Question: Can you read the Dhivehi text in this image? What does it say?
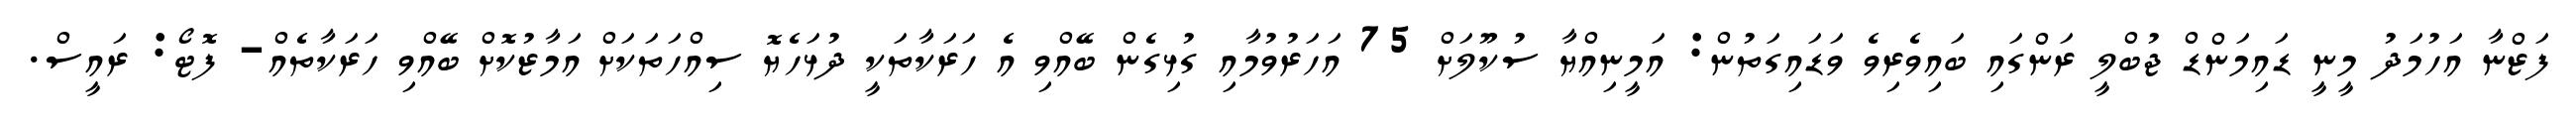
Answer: ފަޒްނާ އަހުމަދު މީނީ ޑައިމަންޑް ޖުބްލީ ރަންގައި ބައިވެރިވެ ވަޑައިގަތުން: އަމީނިއްޔާ ސުކޫލަށް 75 އަހަރުވުމާއި ގުޅިގެން ބޭއްވި އެ ހަރަކާތަކީ ދުޅަހެޔޮ ސިއްހަތަކަށް އަމާޒުކޮށް ބޭއްވި ހަރަކާތެއް- ފޮޓޯ: ރައީސް.